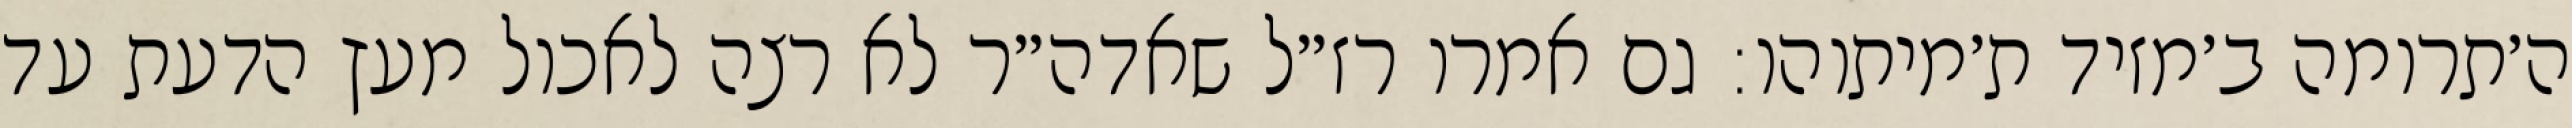
ה׳תרומה ב׳מזיד ת׳מיתוהו: גם אמרו רז״ל שאדה״ר לא רצה לאכול מעץ הדעת עד